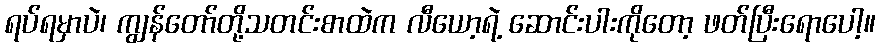
ရပ်ရမှာပဲ၊ ကျွန်တော်တို့သတင်းစာထဲက လီယော့ရဲ့ ဆောင်းပါးကိုတော့ ဖတ်ပြီးရောပေါ့။